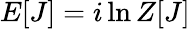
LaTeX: E[J]=i\ln Z[J]